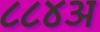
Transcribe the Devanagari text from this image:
८८४अ